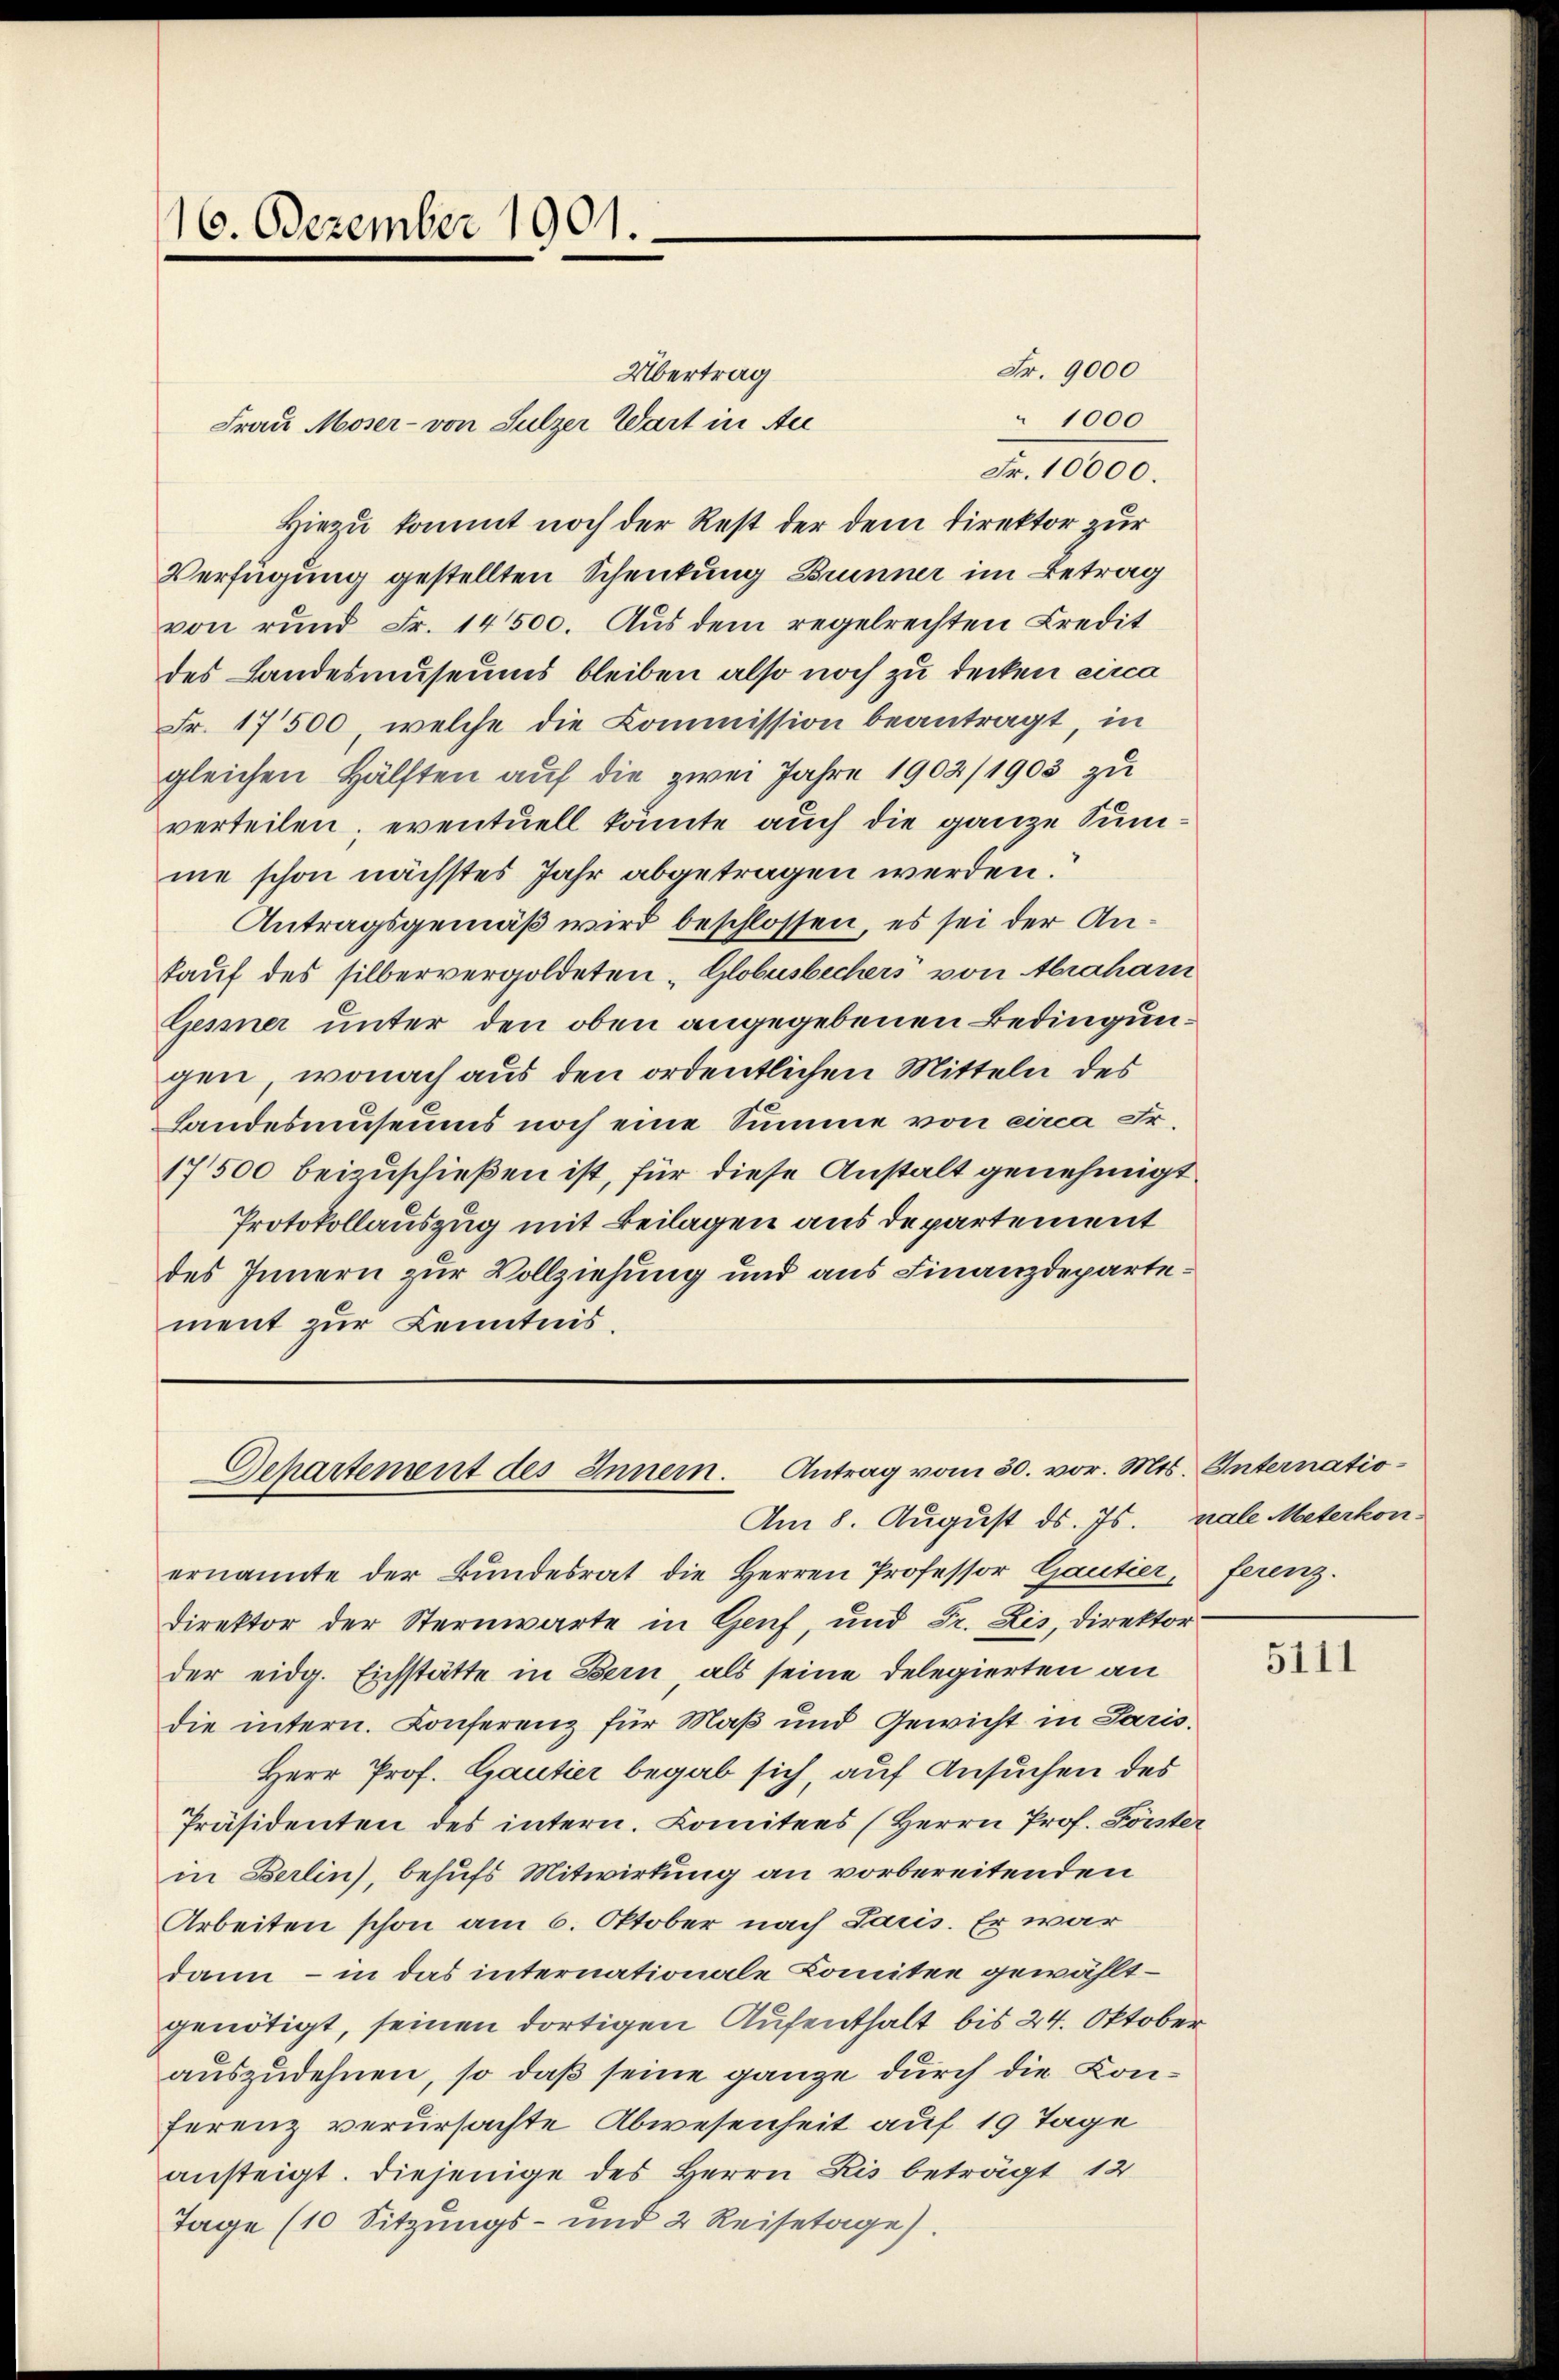
16. Dezember 1901.

Hiezu kommt noch der Rest der dem Direktor zur
Verfügung gestellten Schenkung Brunner im Betrag
von rund Fr. 14500. Aus dem regelrechten Credit
des Landesmuseums bleiben also noch zu decken circa
Fr. 17500, welche die Commission beantragt, in
gleichen Hälften auf die zwei Jahre 1902/1903 zu
verteilen, eventuell könnte auch die ganze Summe schon nächstes Jahr abgetragen werden.
Antragsgemäß wird beschlossen, es sei der Anfauf des silbervergoldeten "Globesbechers von Abraham
Gessner unter den oben angegebenen Bedingungen, wonach aus den ordentlichen Mitteln des
Landesmuseums noch eine Summe von circa Fr.
17500 beizuschießen ist, für diese Anstalt genehmigt
Protokollauszug mit Beilagen aus departement
des Innern zur Vollziehung und aus Finanzdepartement zur Kenntnis.

Übertrag
Frau Moser- von Sulzer Wart in Au

Departement des Inner. Antrag vom 30. vor. Mts. Internatio¬
Am 8. August ds. Js. male Meterkon¬

Fr. 9000
1000
Fr. 10000.

ferenz.

ernannte der Bundesrat die Herren Professor Gautier¬
Direktor der Sternwarte in Genf, und Fr. Lis, Direktor
der eidg. Eichstätte in Bern, als seine Delegierten an
die intern. Conferenz für Maß und Gewicht in Paris.
Herr Prof. Gautier begab sich, auf Ansuchen des
Präsidenten des intern. Comitees (Herrn Prof. Forster
in Berlin), behufs Mitwirkung an vorbereitenden
Arbeiten schon am 6. Oktober nach Saris. Er war
dann – in das internationale Comitee gewählt.
genötigt, seinen dortigen Aufenthalt bis 24. Oktober
auszudehnen, so daß seine ganze durch die Konferenz verursachte Abwesenheit auf 19 Tage
ansteigt. Diejenige des Herrn Kis beträgt 12
Tage (10 Sitzŭngs- und 2 Reisetage).

5111